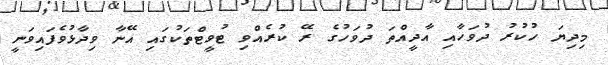
މިދިޔަ ހުކުރު ދުވަހާއި އާދީއްތަ ދުވަހުގެ ރޭ ކުރެއްވި ޓުވީޓްތަކުގައި އޭނާ ވިދާޅުވެފައިވަނީ